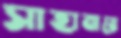
সাহাবায়ে